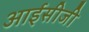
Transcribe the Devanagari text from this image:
आईसीजी